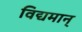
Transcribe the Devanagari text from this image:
विद्यमान्